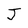
Character: J